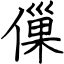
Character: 㑿